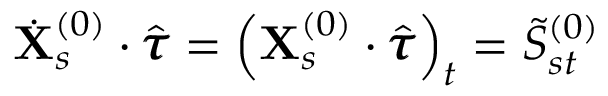
\dot { \mathbf { X } } _ { s } ^ { ( 0 ) } \cdot \hat { \pmb { \tau } } = \left( \mathbf { X } _ { s } ^ { ( 0 ) } \cdot \hat { \pmb { \tau } } \right) _ { t } = \Tilde { S } _ { s t } ^ { ( 0 ) }